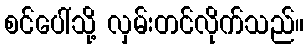
စင်ပေါ်သို့ လှမ်းတင်လိုက်သည်။